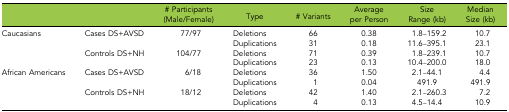
<table><thead><tr><td></td><td></td><td><b># Participants (Male/Female)</b></td><td><b>Type</b></td><td><b># Variants</b></td><td><b>Average per Person</b></td><td><b>Size Range (kb)</b></td><td><b>Median Size (kb)</b></td></tr></thead><tbody><tr><td rowspan="4">Caucasians</td><td rowspan="2">Cases DS+AVSD</td><td rowspan="2">77/97</td><td>Deletions</td><td>66</td><td>0.38</td><td>1.8–159.2</td><td>10.7</td></tr><tr><td>Duplications</td><td>31</td><td>0.18</td><td>11.6–395.1</td><td>23.1</td></tr><tr><td rowspan="2">Controls DS+NH</td><td rowspan="2">104/77</td><td>Deletions</td><td>71</td><td>0.39</td><td>1.8–239.1</td><td>10.7</td></tr><tr><td>Duplications</td><td>23</td><td>0.13</td><td>10.4–200.0</td><td>18.0</td></tr><tr><td rowspan="4">African Americans</td><td rowspan="2">Cases DS+AVSD</td><td rowspan="2">6/18</td><td>Deletions</td><td>36</td><td>1.50</td><td>2.1–44.1</td><td>4.4</td></tr><tr><td>Duplications</td><td>1</td><td>0.04</td><td>491.9</td><td>491.9</td></tr><tr><td rowspan="2">Controls DS+NH</td><td rowspan="2">18/12</td><td>Deletions</td><td>42</td><td>1.40</td><td>2.1–260.3</td><td>7.2</td></tr><tr><td>Duplications</td><td>4</td><td>0.13</td><td>4.5–14.4</td><td>10.9</td></tr></tbody></table>